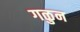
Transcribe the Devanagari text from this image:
गळुन